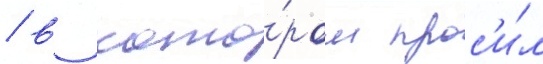
/ в кото́ром прос'и́л